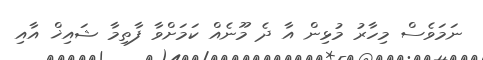
ނަމަވެސް މިހާރު މުޅިން އާ ދެ މޫނެއް ކަމަށްވާ ފާތިމާ ޝައިޚް އާއި